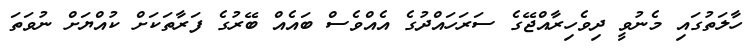
ހާލަތުގައި މެނުވީ ދިވެހިރާއްޖޭގެ ސަރަހައްދުގެ އެއްވެސް ބައެއް ބޭރުގެ ފަރާތަކަށް ކުއްޔަށް ނުވަތަ